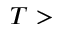
T >